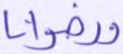
ورضوانا